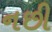
નછી